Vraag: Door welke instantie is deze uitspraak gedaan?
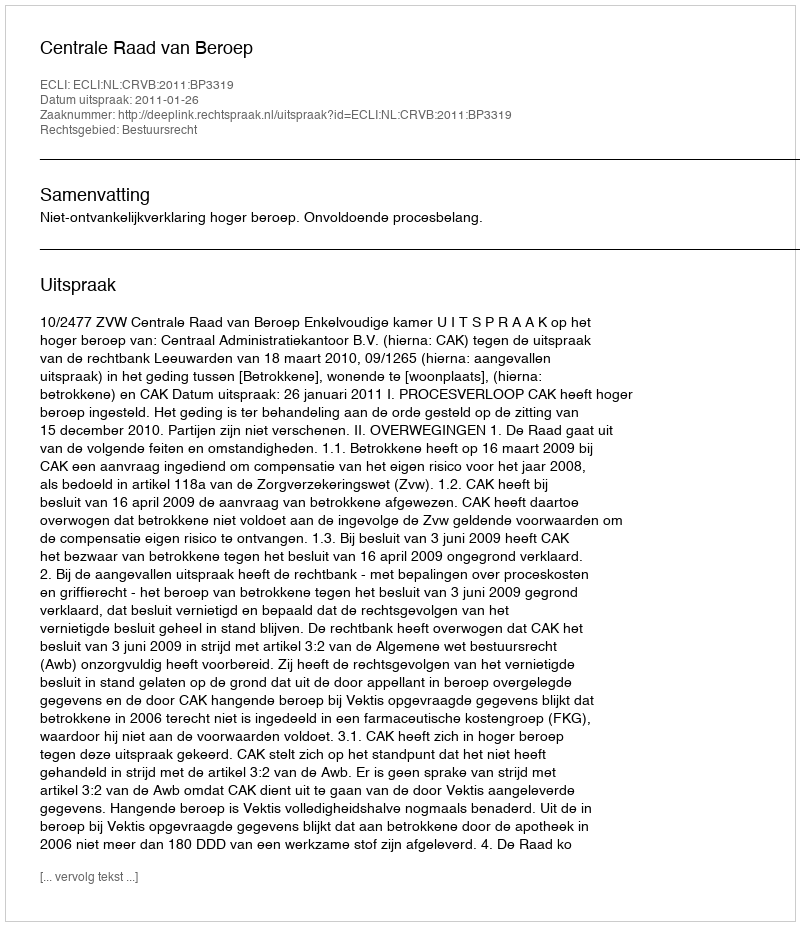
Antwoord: Centrale Raad van Beroep